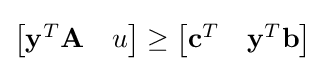
{\begin{bmatrix}\mathbf {y} ^{T}\mathbf {A} &u\\\end{bmatrix}}\geq {\begin{bmatrix}\mathbf {c} ^{T}&\mathbf {y} ^{T}\mathbf {b} \\\end{bmatrix}}